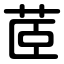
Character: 茝